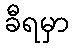
ခီရမှာ